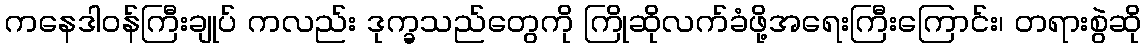
ကနေဒါဝန်ကြီးချုပ် ကလည်း ဒုက္ခသည်တွေကို ကြိုဆိုလက်ခံဖို့အရေးကြီးကြောင်း၊ တရားစွဲဆို